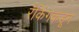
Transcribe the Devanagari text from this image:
रँकिंगकडून